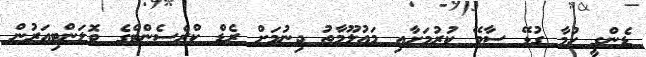
ޑެންގީ ހުމާ ގުޅޭ ސާވޭ ކުރުމަށާއި މައުލޫމާތު ދިނުމަށް ރެޑް ކްރެސެންޓްގެ ވޮލަންޓިއަރުން